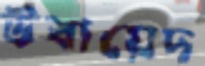
উবায়েদ